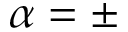
\alpha = \pm